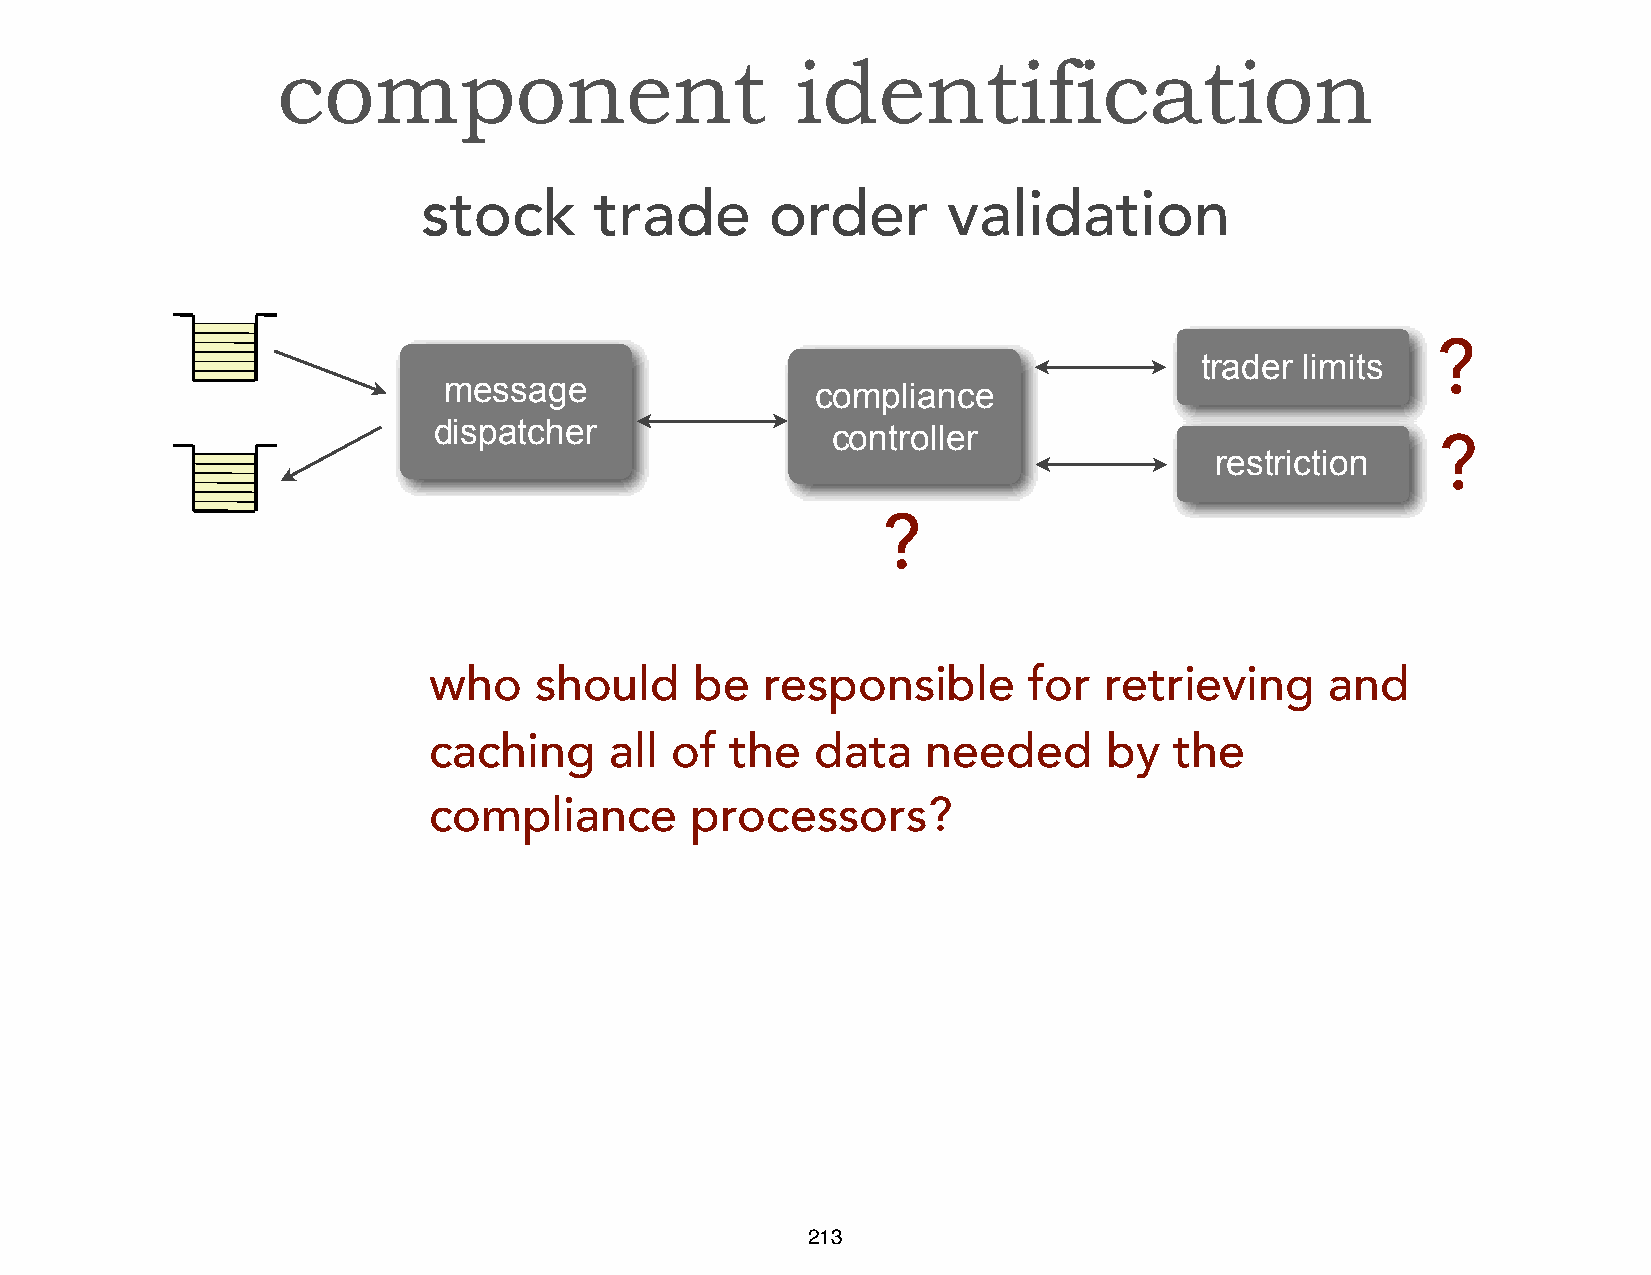
Message     Structure
 component                          identification
 stock      trade       order       validation
 ?
 trader limits
 message                  compliance
 dispatcher                controller
 ?
 restriction
 ?
 who    should     be   responsible      for  retrieving     and
 caching     all of  the   data   needed      by   the
 compliance        processors?
 213